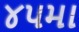
૪૫મા